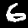
Digit: 6